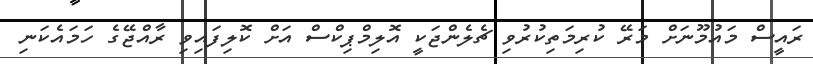
ރައީސް މައުމޫނަށް މަރޭ ކުރިމަތިކުރުވި ޗެލެންޖަކީ އޮލިމްޕިކްސް އަށް ކޮލިފައިވި ރާއްޖޭގެ ހަމައެކަނި